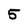
Character: 5